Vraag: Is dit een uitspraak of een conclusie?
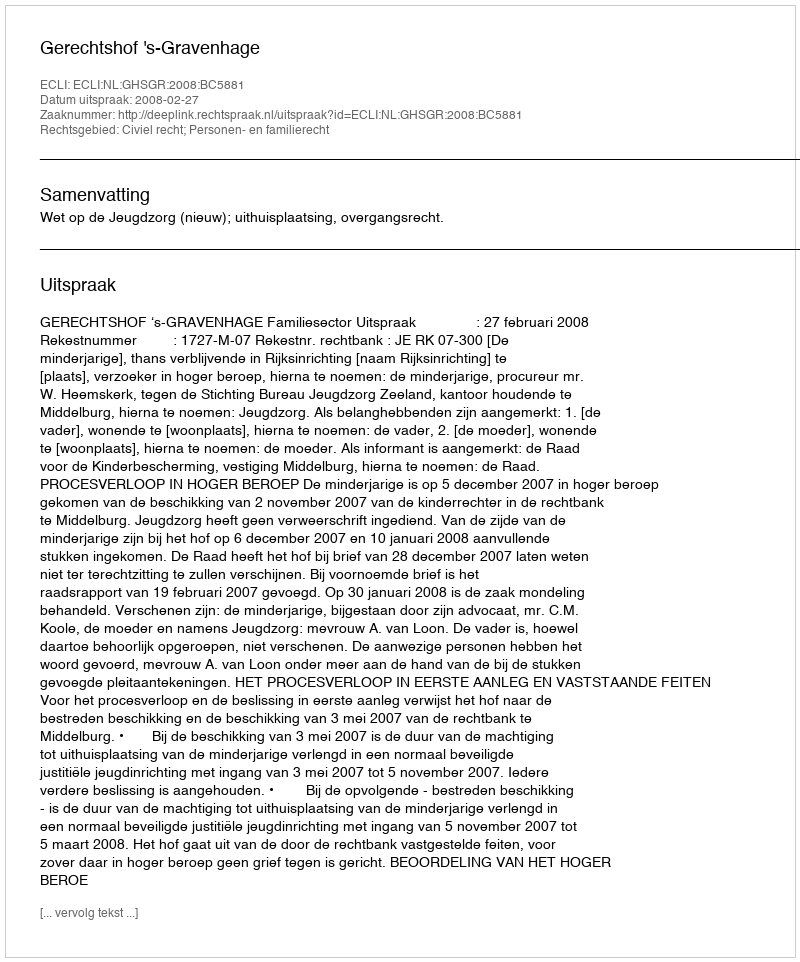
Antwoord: Uitspraak